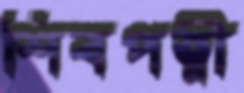
শিবপত্নী